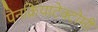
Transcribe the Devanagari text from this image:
पैनक्रियाटेक्टोमी